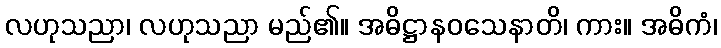
လဟုသညာ၊ လဟုသညာ မည်၏။ အဓိဋ္ဌာနဝသေနာတိ၊ ကား။ အဓိကံ၊